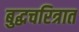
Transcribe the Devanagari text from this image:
बुद्धचरित्रात